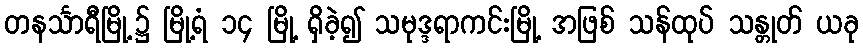
တနင်္သာရီမြို့၌ မြို့ရံ ၁၄ မြို့ ရှိခဲ့၍ သမုဒ္ဒရာကင်းမြို့ အဖြစ် သန်ထုပ် သန္တုတ် ယခု